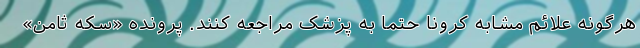
هرگونه علائم مشابه کرونا حتما به پزشک مراجعه کنند. پرونده «سکه ثامن»